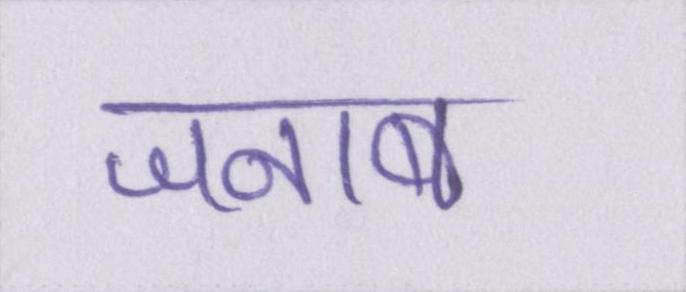
जनाब